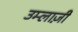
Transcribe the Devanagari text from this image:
उम्लाज़ी